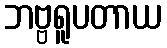
ဘဗ္ဗရူပတာယ